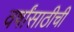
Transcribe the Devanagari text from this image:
वर्षांसाठीची